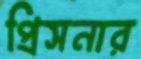
প্রিসনার